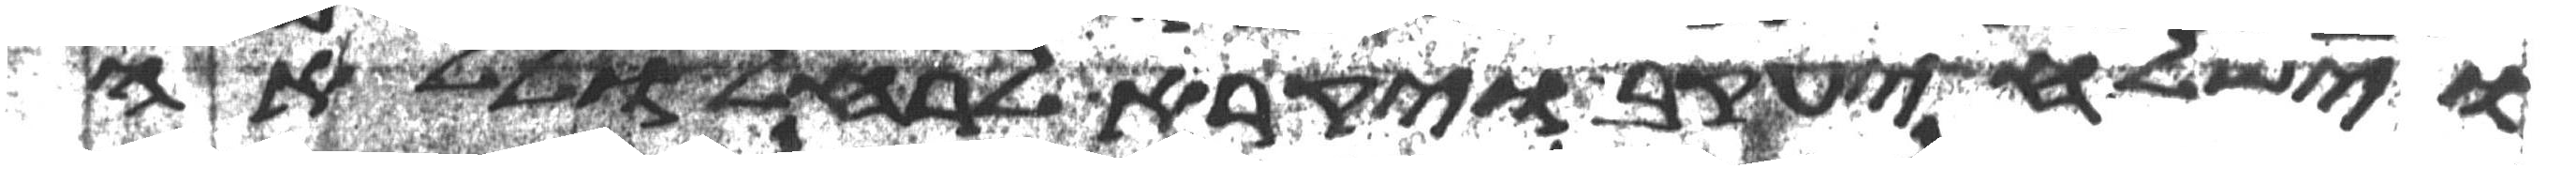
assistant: וישלח יעקב ויקרא לרחל וללאה